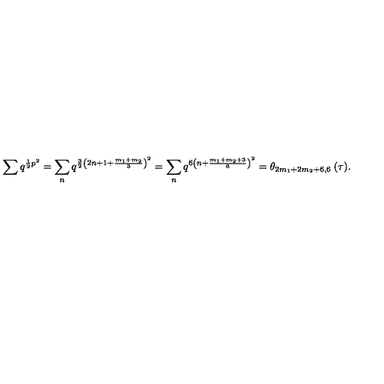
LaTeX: \sum q ^ { \frac { 1 } { 2 } p ^ { 2 } } = \sum _ { n } q ^ { \frac { 3 } { 2 } \left( 2 n + 1 + \frac { m _ { 1 } + m _ { 2 } } { 3 } \right) ^ { 2 } } = \sum _ { n } q ^ { 6 \left( n + \frac { m _ { 1 } + m _ { 2 } + 3 } { 6 } \right) ^ { 2 } } = \theta _ { 2 m _ { 1 } + 2 m _ { 2 } + 6 , 6 } \: ( \tau ) .